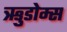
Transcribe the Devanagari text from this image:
ऋुडोम्स